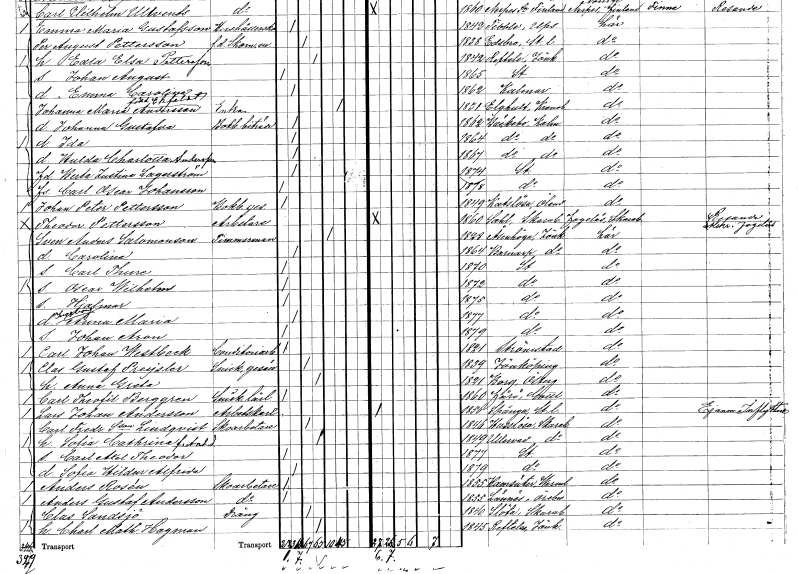
gt_parse: households: individuals: FN: Johan Peter
EN: Pettersson
YRKE: Bokbindaregesäll
KON: M
CIV: O
FODAR: 1849
FODFORS: Kastlösa Kalmar län
FN: Theodor
EN: Pettersson
YRKE: Arbetare
KON: M
CIV: O
FODAR: 1860
FODFORS: Sal Skaraborgs län
FN: Sven Anders
EN: Salomonson
YRKE: Timmerman
KON: M
CIV: E
FODAR: 1828
FODFORS: Åsenhöga Jönköpings län
FN: Carolina
KON: K
CIV: O
FODAR: 1864
FODFORS: Barnarp Jönköpings län
FN: Carl Thure
KON: M
CIV: O
FODAR: 1870
FODFORS: Stockholm
FN: Oscar Wilhelm
KON: M
CIV: O
FODAR: 1872
FODFORS: Stockholm
FN: Hjalmar
KON: M
CIV: O
FODAR: 1875
FODFORS: Stockholm
FN: Ingeborg Anna Maria
KON: K
CIV: O
FODAR: 1877
FODFORS: Stockholm
FN: Johan Aron
KON: M
CIV: O
FODAR: 1879
FODFORS: Stockholm
FN: Carl Johan
EN: Westbeck
YRKE: Konditoriarbetare
KON: M
CIV: O
FODAR: 1821
FODFORS: Strömstad Göteborgs- och Bohuslän
FN: Clas Gustaf
EN: Preysler
YRKE: Snickaregesäll
KON: M
CIV: G
FODAR: 1839
FODFORS: Jönköping Jönköpings län
FN: Anna Greta
KON: K
CIV: G
FODAR: 1821
FODFORS: Borg Östergötlands län
FN: Carl Theofil
EN: Berggren
YRKE: Snickarelärling
KON: M
CIV: O
FODAR: 1860
FODFORS: Fårö Gotlands län
FN: Lars Johan
EN: Andersson
YRKE: Arbetskarl
KON: M
CIV: O
FODAR: 1850
FODFORS: Spånga Stockholms län
FN: Carl Fredrik
EN: S:son Lindqvist
YRKE: Skoarbetare
KON: M
CIV: G
FODAR: 1846
FODFORS: Hasslösa Skaraborgs län
FN: Sofia Cathrina
EN: Andersdotter
KON: K
CIV: G
FODAR: 1849
FODFORS: Ullervad Skaraborgs län
FN: Carl Axel Theodor
KON: M
CIV: O
FODAR: 1877
FODFORS: Stockholm
FN: Sofia Hildur Alfrida
KON: K
CIV: O
FODAR: 1879
FODFORS: Stockholm
FN: Anders
EN: Rosén
YRKE: Skoarbetare
KON: M
CIV: O
FODAR: 1855
FODFORS: Ransäter Värmlands län
FN: Anders Gustaf
EN: Andersson
YRKE: Skoarbetare
KON: M
CIV: O
FODAR: 1855
FODFORS: Lännäs Örebro län
FN: Clas
EN: Sandsjö
YRKE: Dräng
KON: M
CIV: G
FODAR: 1840
FODFORS: Slöta Skaraborgs län
FN: Charlotta Mathilda
EN: Hagman
KON: K
CIV: G
FODAR: 1845
FODFORS: Reftele Jönköpings län